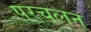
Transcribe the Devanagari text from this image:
परचलन